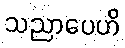
သညာပေဟိ